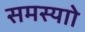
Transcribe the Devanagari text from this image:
समस्याो